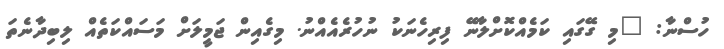
ހުސްނާ: "މި ގޭގައި ކަމެއްކޮށްލާނޭ ފިރިހެނަކު ނުހުރެއެއްނު. މިގެއިން ޖަމީލަށް މަސައްކަތެއް ލިބިދާނެތަ